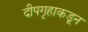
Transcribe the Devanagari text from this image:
दीपगृहाकडून